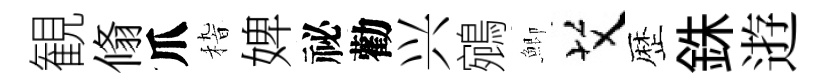
観翛爪𥟵婢祕勸兴鵷鯽艾歴銖逰